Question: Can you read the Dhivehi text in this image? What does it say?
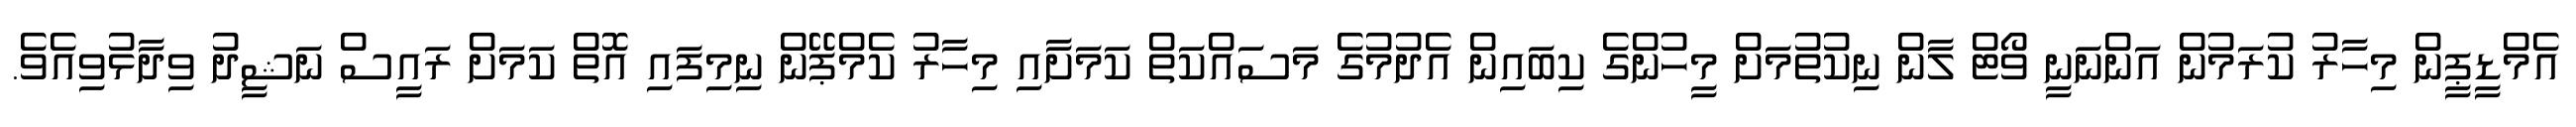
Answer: އެމްޑީޕީން މިހާރު ކުރަމުން އަންނަނީ ވޯޓް ލާން ނިކުތުމަށް މީހުންގެ ކިބައިން އެދުމުގެ މަސައްކަތް ކަމަށާއި މިހާރު ކެމްޕޭން ނިމިފައި އޮތް ކަމަށް ރައީސް ނަޝީދު ވިދާޅުވިއެވެ.